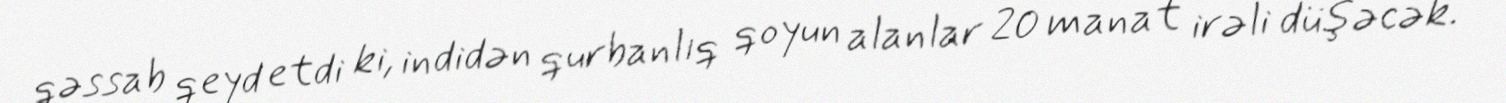
qəssab qeyd etdi ki, indidən qurbanlıq qoyun alanlar 20 manat irəli düşəcək.